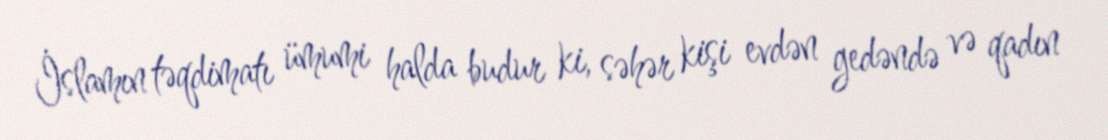
İslamın təqdimatı ümumi halda budur ki, səhər kişi evdən gedəndə və qadın